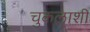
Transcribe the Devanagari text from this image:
चुकलाशी